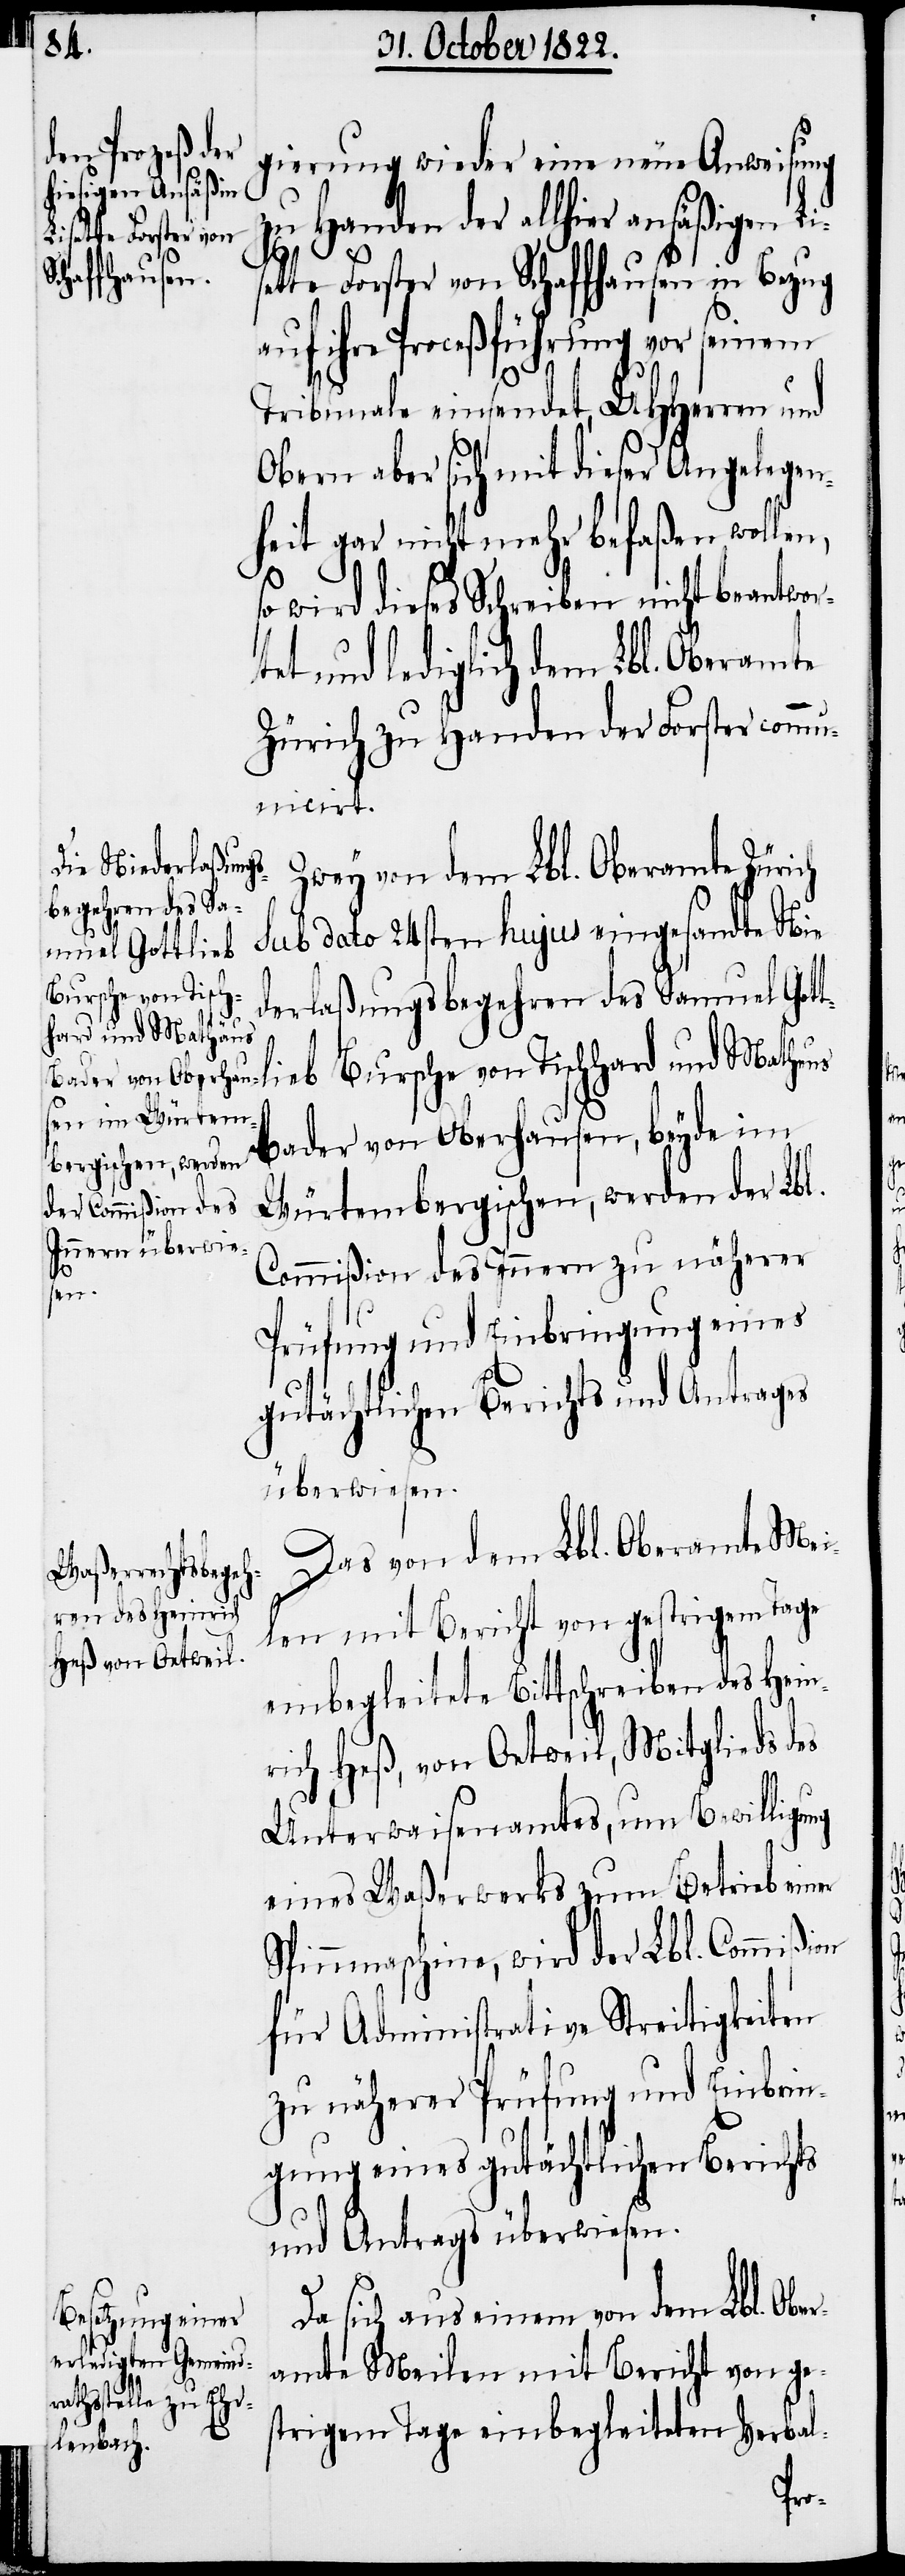
eingesandte
gierung wieder eine neue Anweisung
zu Handen der allhier ansäßigen Li¬
te Forster von Schaffhausen in Bezug
auf ihre Proceßführung vor seinem
Tribunale einsendet, UHHerren und
Obern aber sich mit dieser Angelegen¬
heit gar nicht mehr befaßen wollen,
so wird dieses Schreiben nicht beantwor¬
tet und lediglich dem Lbl. Oberamte
Zürich zu Handen der Forster comm¬
unicirt.
Zwey von dem Lbl. Oberamte Zürich
Bursche von Tisch¬
derlaßungsbegehren des Samuel Got¬
tlieb
hard und Matheus
Bader von Oberhausen, beyde im
Würtembergischen, werden der Lbl.
Commißion des Innern zu näherer
Prüfung und Einbringung eines
gutächtlichen Berichts und Antrages
überwiesen.
Das von dem Lbl. Oberamte Mei¬
len mit Bericht von gestrigem Tage
einbegleitete Bittschreiben des Hein¬
rich Heß, von Oetweil, Mitglieds des
Unterwaisenamtes, um Bewilligung
eines Waßerwerks zum Betrieb einer
Spinnmaschine, wird der Lbl. Commißion
für Administrative Streitigkeiten
zu näherer Prüfung und Einbrin¬
gung eines gutächtlichen Berichts
und Antrags überwiesen.
Da sich aus einem von dem Lbl. Obe¬
amte Meilen mit Bericht von ge¬
strigem Tage einbegleiteten Verbal-
r¬